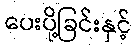
ပေးပို့ခြင်းနှင့်